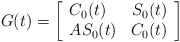
\begin{gather*}G(t)=\left[\begin{array}{lr} C_{0}(t)& S_0(t)\\ AS_0(t) & C_0(t) \end{array}\right]\end{gather*}